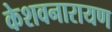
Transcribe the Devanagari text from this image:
केशवनारायण